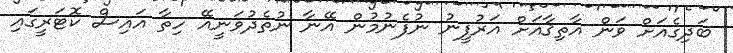
ބަދިގެއަށް ވަން އާތިޤާއަށް އަރުފީނު ނުފެނުމުން އޭނާ ނުތެދުވަނީއޭ ހިތާ އައިސް ކޮޓަރީގައި